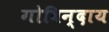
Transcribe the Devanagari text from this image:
गोविन्दाय